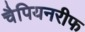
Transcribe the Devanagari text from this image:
चैपियनरीफ